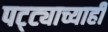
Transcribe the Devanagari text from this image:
पट्ट्याच्याही